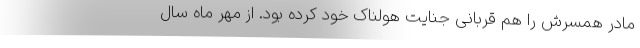
مادر همسرش را هم قربانی جنایت هولناک خود کرده بود. از مهر ماه سال